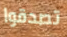
تصدقوا